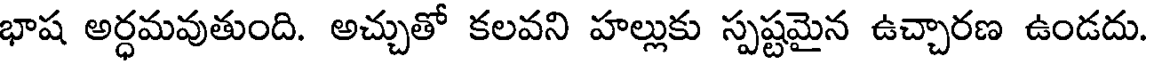
భాష అర్ధమవుతుంది. అచ్చుతో కలవని హల్లుకు స్పష్టమైన ఉచ్చారణ ఉండదు.